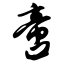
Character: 啻